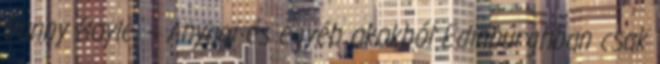
Danny Boyle. – Anyagi és egyéb okokból Edinburghban csak